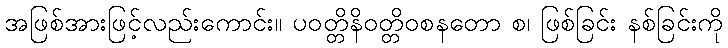
အဖြစ်အားဖြင့်လည်းကောင်း။ ပဝတ္တိနိဝတ္တိဝစနတော စ၊ ဖြစ်ခြင်း နစ်ခြင်းကို